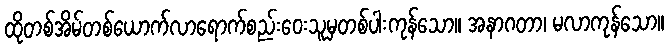
ထိုတစ်အိမ်တစ်ယောက်လာရောက်စည်းဝေးသူမှတစ်ပါးကုန်သော။ အနာဂတာ၊ မလာကုန်သော။